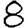
Digit: 8